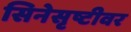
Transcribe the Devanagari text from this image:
सिनेसृष्टीवर